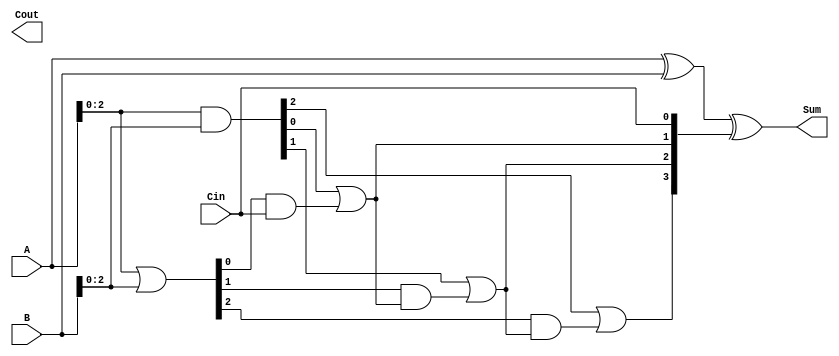
module CILA #(parameter N = 4) (
    input  wire [N-1:0] A,      // First n-bit input
    input  wire [N-1:0] B,      // Second n-bit input
    input  wire Cin,             // Carry In
    output wire [N-1:0] Sum,     // n-bit Sum output
    output wire Cout             // Carry Out
);

    // Generate and Propagate signals
    wire [N-1:0] G; // Generate
    wire [N-1:0] P; // Propagate
    wire [N:0] C;   // Carry signals

    // Generate and Propagate calculations
    assign G = A & B;          // G[i] = A[i] & B[i]
    assign P = A | B;          // P[i] = A[i] | B[i]

    // Carry generation logic
    assign C[0] = Cin; // C[0] = Cin
    genvar i;
    generate
        for (i = 0; i < N-1; i = i + 1) begin : carry_gen
            assign C[i+1] = G[i] | (P[i] & C[i]); // C[i+1] = G[i] + (P[i] & C[i])
        end
    endgenerate

    // Sum calculation
    assign Sum = A ^ B ^ C[N-1:0]; // S[i] = A[i] ^ B[i] ^ C[i]

    // Final Carry Out
    assign Cout = C[N]; // Cout = C[n]

endmodule